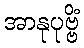
အာနုပုဗ္ဗိံ